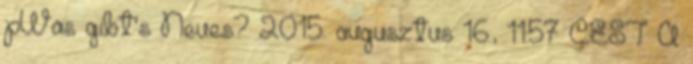
pWas gibt's Neues? 2015. augusztus 16., 11:57 CEST A